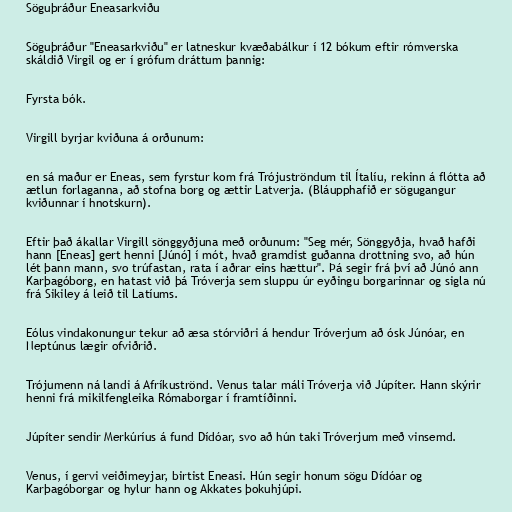
Söguþráður Eneasarkviðu

Söguþráður "Eneasarkviðu" er latneskur kvæðabálkur í 12 bókum eftir rómverska
skáldið Virgil og er í grófum dráttum þannig:

Fyrsta bók.

Virgill byrjar kviðuna á orðunum:

en sá maður er Eneas, sem fyrstur kom frá Trójuströndum til Ítalíu, rekinn á flótta að
ætlun forlaganna, að stofna borg og ættir Latverja. (Bláupphafið er sögugangur
kviðunnar í hnotskurn).

Eftir það ákallar Virgill sönggyðjuna með orðunum: "Seg mér, Sönggyðja, hvað hafði
hann [Eneas] gert henni [Júnó] í mót, hvað gramdist guðanna drottning svo, að hún
lét þann mann, svo trúfastan, rata í aðrar eins hættur". Þá segir frá því að Júnó ann
Karþagóborg, en hatast við þá Tróverja sem sluppu úr eyðingu borgarinnar og sigla nú
frá Sikiley á leið til Latíums.

Eólus vindakonungur tekur að æsa stórviðri á hendur Tróverjum að ósk Júnóar, en
Neptúnus lægir ofviðrið.

Trójumenn ná landi á Afríkuströnd. Venus talar máli Tróverja við Júpíter. Hann skýrir
henni frá mikilfengleika Rómaborgar í framtíðinni.

Júpíter sendir Merkúríus á fund Dídóar, svo að hún taki Tróverjum með vinsemd.

Venus, í gervi veiðimeyjar, birtist Eneasi. Hún segir honum sögu Dídóar og
Karþagóborgar og hylur hann og Akkates þokuhjúpi.